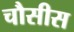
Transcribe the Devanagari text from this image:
चौसीस